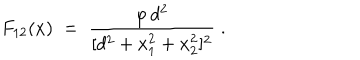
F _ { 1 2 } ( x ) \; = \; \frac { \varphi \, d ^ { 2 } } { [ d ^ { 2 } + x _ { 1 } ^ { 2 } + x _ { 2 } ^ { 2 } ] ^ { 2 } } \; .